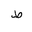
Letter: _da